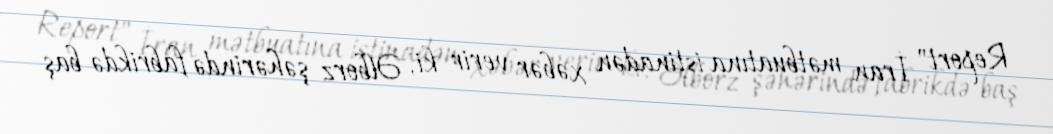
Report" İran mətbuatına istinadən xəbər verir ki, Əlborz şəhərində fabrikdə baş